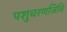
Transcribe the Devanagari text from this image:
पशुचरणजिवि